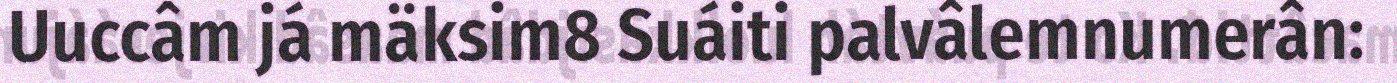
Uuccâm já mäksim8 Suáiti palvâlemnumerân: